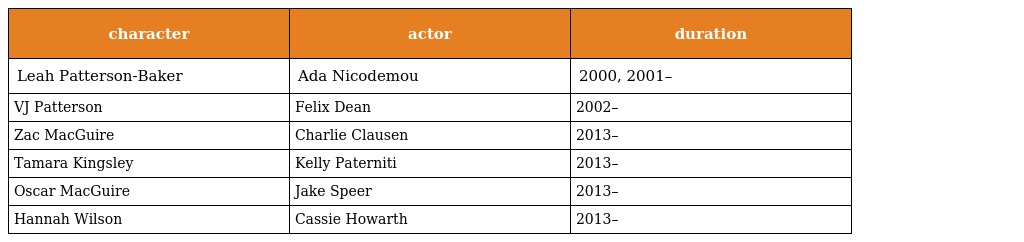
| character | actor | duration |
 | --- | --- | --- |
 | Leah Patterson-Baker | Ada Nicodemou | 2000, 2001– |
 | VJ Patterson | Felix Dean | 2002– |
 | Zac MacGuire | Charlie Clausen | 2013– |
 | Tamara Kingsley | Kelly Paterniti | 2013– |
 | Oscar MacGuire | Jake Speer | 2013– |
 | Hannah Wilson | Cassie Howarth | 2013– |